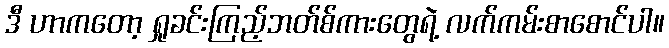
ဒီ ဟာကတော့ ရှုခင်းကြည့်ဘတ်စ်ကားတွေရဲ့ လက်ကမ်းစာစောင်ပါ။